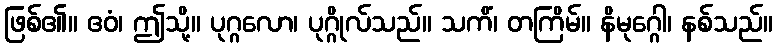
ဖြစ်၏။ ဧဝံ၊ ဤသို့။ ပုဂ္ဂလော၊ ပုဂ္ဂိုလ်သည်။ သကိံ၊ တကြိမ်။ နိမုဂ္ဂေါ၊ နစ်သည်။